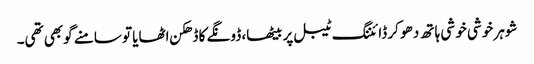
شوہر خوشی خو شی ہا تھ دھو کر ڈائننگ ٹیبل پر بیٹھا، ڈونگے کا ڈھکن اٹھایا تو سامنے گوبھی تھی۔